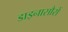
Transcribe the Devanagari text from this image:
डाइनासौरों